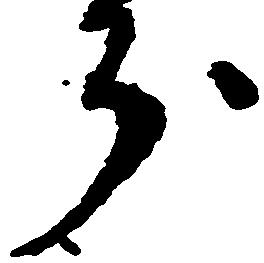
分